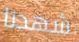
شهدنا